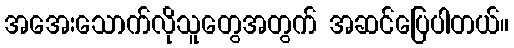
အအေးသောက်လိုသူတွေအတွက် အဆင်ပြေပါတယ်။